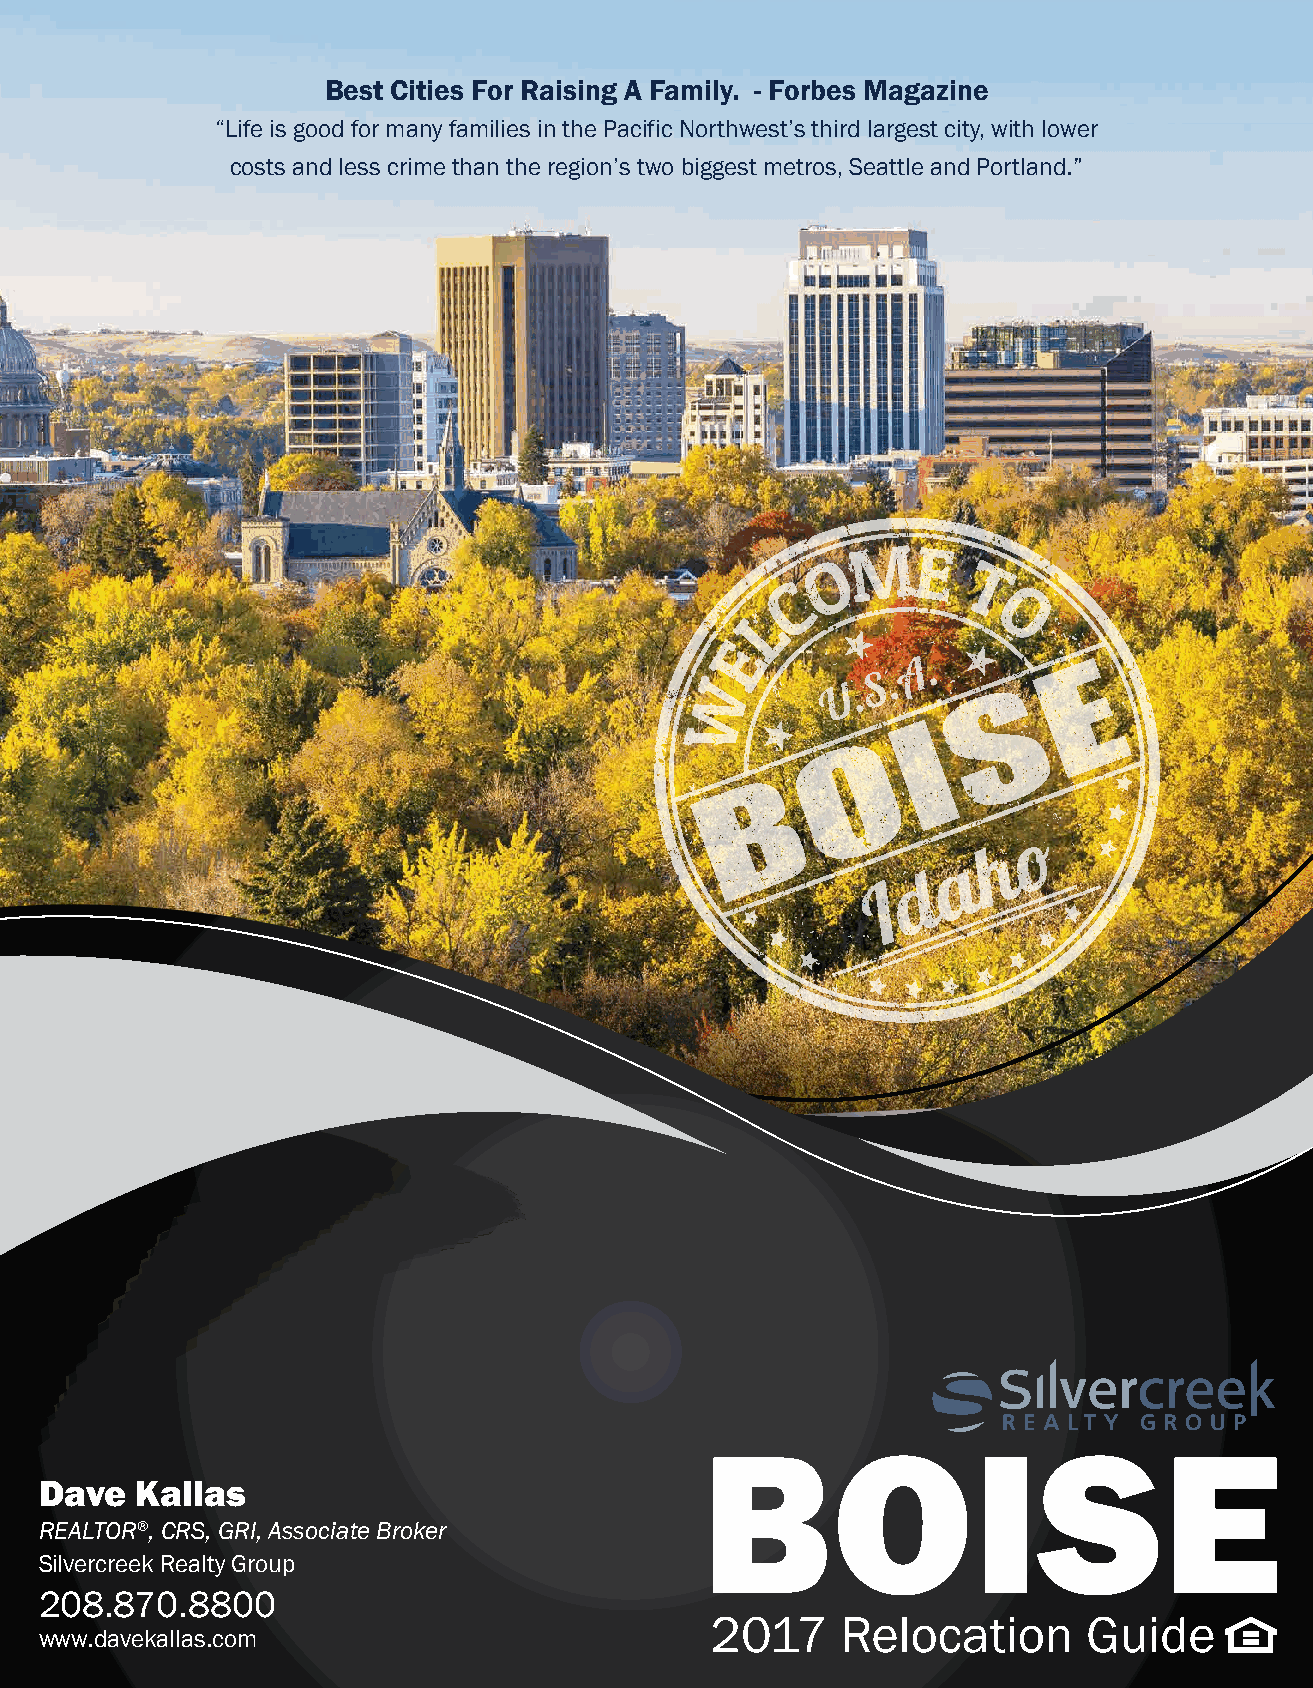
Best Cities For Raising A Family. - Forbes Magazine
 “Life is good for many families in the Pacific Northwest’s third largest city, with lower
 costs and less crime than the region’s two biggest metros, Seattle and Portland.”
 Dave  Kallas
 REALTOR®, CRS, GRI, Associate Broker
 Silvercreek Realty Group
 208.870.8800
 For the newest Boise area property visit www.davekallas.com
 www.davekallas.com